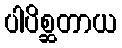
ပါပိစ္ဆတာယ